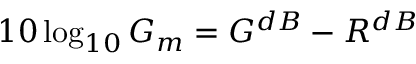
1 0 \log _ { 1 0 } G _ { m } = G ^ { d B } - R ^ { d B }